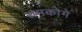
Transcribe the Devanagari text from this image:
चमकोगे